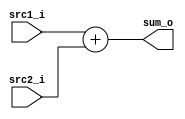
//Subject:     CO project 2 - Adder
//--------------------------------------------------------------------------------
//Version:     1
//--------------------------------------------------------------------------------
//Writer:      0510008  & 0510026 
//----------------------------------------------
//Date:        
//----------------------------------------------
//Description: 
//--------------------------------------------------------------------------------

module Adder(
    src1_i,
	src2_i,
	sum_o
	);
     
//I/O ports
input  [32-1:0]  src1_i;
input  [32-1:0]	 src2_i;
output [32-1:0]	 sum_o;

//Internal Signals
wire    [32-1:0]	 sum_o;

//Parameter
assign sum_o = src1_i + src2_i;
//Main function

endmodule